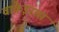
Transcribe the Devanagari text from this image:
वाकेइरास